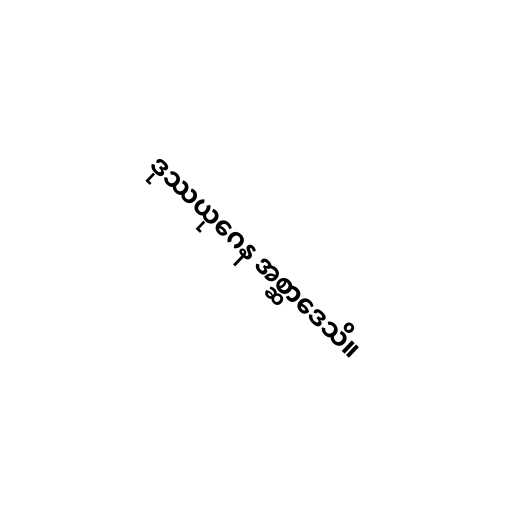
ဒုဿယုဂေန အစ္ဆာဒေသိ။